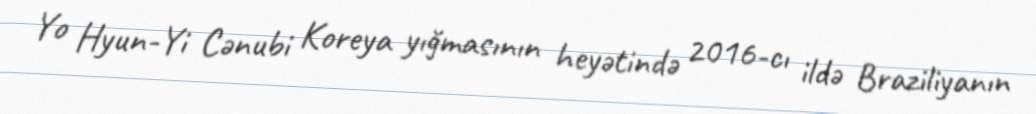
Yo Hyun-Yi Cənubi Koreya yığmasının heyətində 2016-cı ildə Braziliyanın